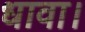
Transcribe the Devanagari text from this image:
धावा।